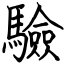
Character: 驗